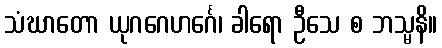
သံဃာတော ယုဂဂေဟင်္ဂေ၊ ခါရော ဦသေ စ ဘသ္မနိ။